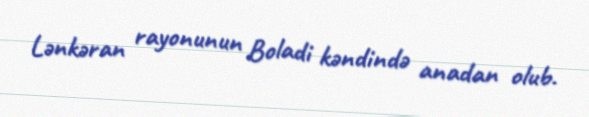
Lənkəran rayonunun Boladi kəndində anadan olub.